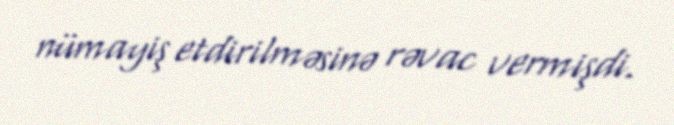
nümayiş etdirilməsinə rəvac vermişdi.